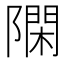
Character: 𨼝